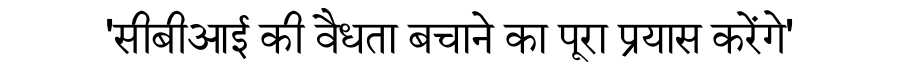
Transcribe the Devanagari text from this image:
'सीबीआई की वैधता बचाने का पूरा प्रयास करेंगे'